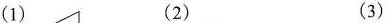
(1) (2) (3)